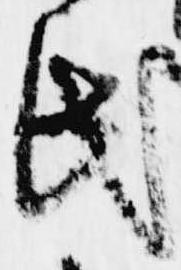
氏